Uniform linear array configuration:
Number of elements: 64
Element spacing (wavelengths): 0.75
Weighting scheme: uniform
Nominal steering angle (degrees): -45
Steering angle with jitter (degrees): -46.09
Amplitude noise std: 0.05
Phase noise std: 0.05

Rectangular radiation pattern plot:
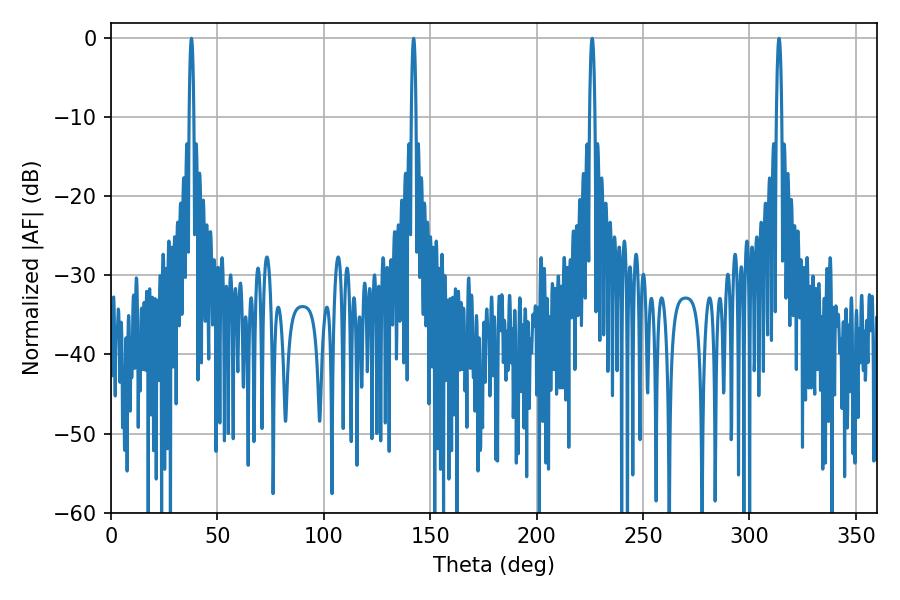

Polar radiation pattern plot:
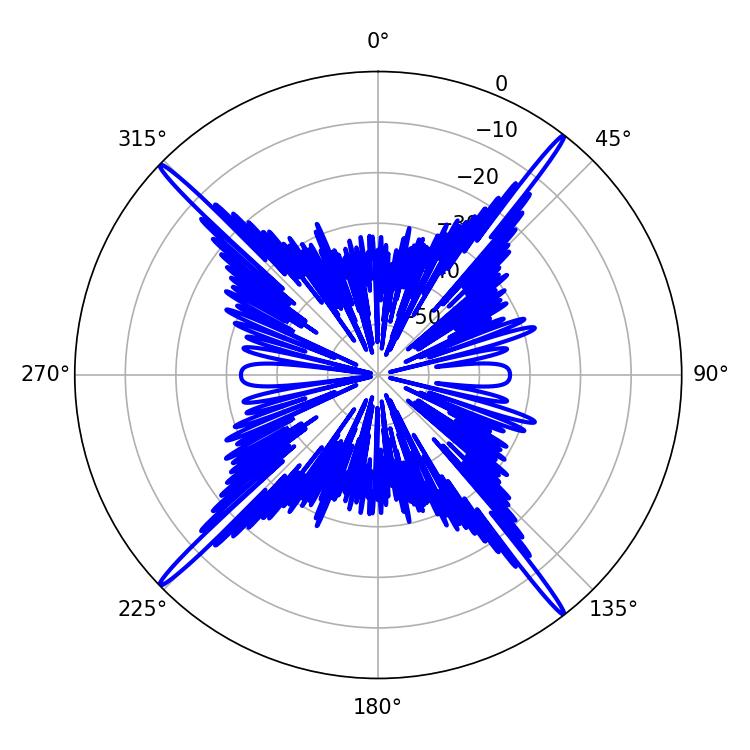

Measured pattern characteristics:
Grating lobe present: TRUE
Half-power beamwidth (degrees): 1.08
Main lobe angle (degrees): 142.2